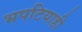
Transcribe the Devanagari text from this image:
भपटियाही